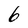
Character: 6